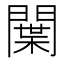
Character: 𨵳